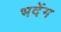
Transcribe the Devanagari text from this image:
भदेंग